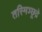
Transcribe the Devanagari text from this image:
तस्मिञ्छूद्रे